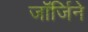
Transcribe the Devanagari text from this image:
जॉर्जिने